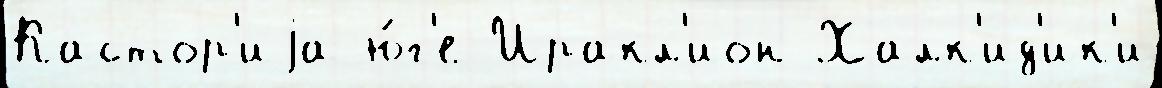
Кастор'иjа ю́г'е Иракл'ион Халк'ид'ик'и